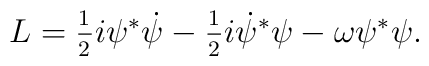
L=\frac{_1}{^2}i\psi ^{*}\dot{\psi}-\frac{_1}{^2}i\dot{\psi}^{*}\psi -\omega\psi ^{*}\psi .